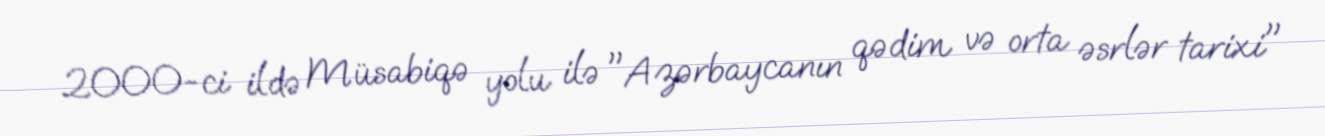
2000-ci ildə Müsabiqə yolu ilə "Azərbaycanın qədim və orta əsrlər tarixi"